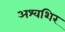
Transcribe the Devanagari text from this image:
अश्वशिर